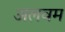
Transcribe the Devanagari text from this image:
अलवम